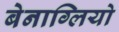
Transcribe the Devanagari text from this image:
बेनाग्लियो